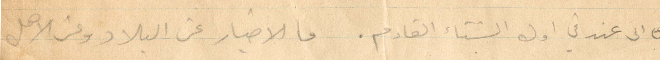
الى عندي في اول الشتاء القادم. فالاخبار عن البلاد وعن الاهل